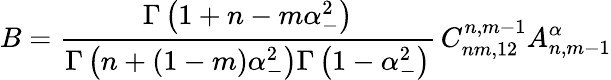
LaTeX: B=\frac{\Gamma\left(1+n-m\alpha_{-}^{2}\right)}{\Gamma\left(n+(1-m)\alpha_{-}^{2}\right)\Gamma\left(1-\alpha_{-}^{2}\right)}\, C_{nm,12}^{n,m-1}A_{n,m-1}^{\alpha}